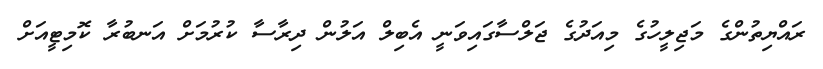
ރައްޔިތުންގެ މަޖިލީހުގެ މިއަދުގެ ޖަލްސާގައިވަނީ އެބިލް އަލުން ދިރާސާ ކުރުމަށް އަނބުރާ ކޮމިޓީއަށް